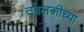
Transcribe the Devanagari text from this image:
तबलजीच्या